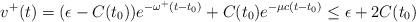
LaTeX: \begin{align*}v^+(t) = (\epsilon-C(t_0)) e^{-\omega^+(t-t_0)} + C(t_0) e^{-\mu c(t-t_0)} \leq \epsilon +2 C(t_0)\end{align*}